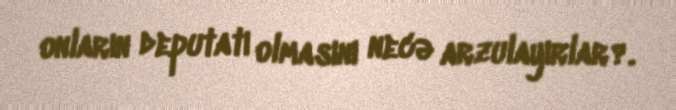
onların deputatı olmasını necə arzulayırlar?.